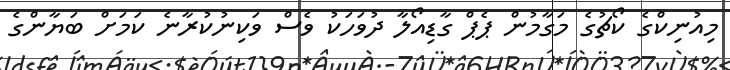
މިއުނިކްގެ ކޯޗުގެ މަގާމުން ޕެޕް ގާޑިއޯލާ ދުވަހަކު ވެސް ވަކިނުކުރާނެ ކަމަށް ބަޔާންގެ